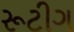
રૂટીગ